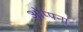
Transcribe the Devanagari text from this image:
ओप्पना